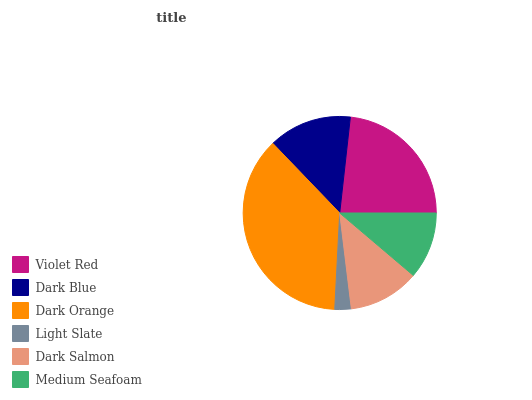
| Violet Red | Dark Blue | Dark Orange | Light Slate | Dark Salmon | Medium Seafoam |
 | --- | --- | --- | --- | --- | --- |
 | 23.3% | 14% | 37% | 2.74% | 11.9% | 11.2% |